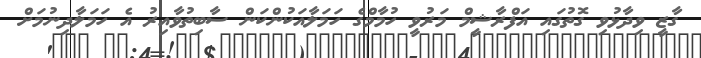
ގާޒީ ވިދާޅުވި ގޮތުގައި އަފްރާޝީމް މަރުވީ ހުމާމްގެ ހަމަލާއަކުންކަން ސާބިތުވާއިރު އެ ހަމަލާދިނުމަށް